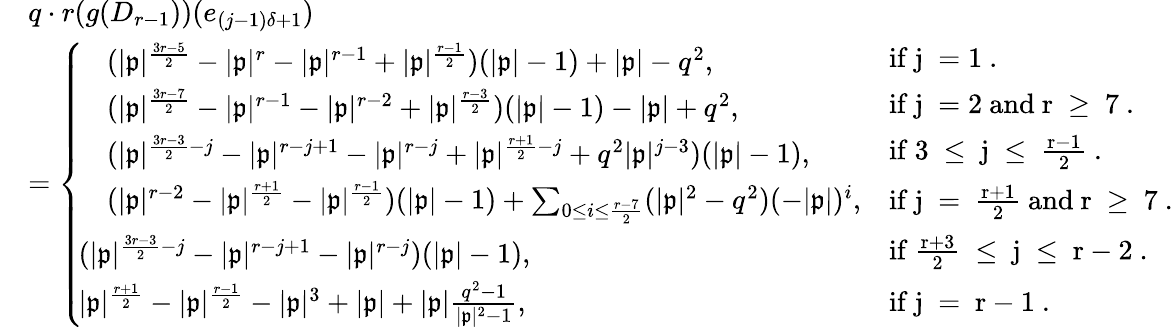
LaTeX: \begin{array}{rl}&{q\cdot r(g(D_{r-1}))(e_{(j-1)\delta+1})}\\ &{=\left\{ \begin{array}{ll}{\! \begin{array}{rl}&{(|\mathfrak{p}|^{\frac{3r-5}{2}}-|\mathfrak{p}|^{r}-|\mathfrak{p}|^{r-1}+|\mathfrak{p}|^{\frac{r-1}{2}})(|\mathfrak{p}|-1)+|\mathfrak{p}|-q^{2},}\end{array}}&{\mathrm{if~j~=1~.}}\\ {\! \begin{array}{rl}&{(|\mathfrak{p}|^{\frac{3r-7}{2}}-|\mathfrak{p}|^{r-1}-|\mathfrak{p}|^{r-2}+|\mathfrak{p}|^{\frac{r-3}{2}})(|\mathfrak{p}|-1)-|\mathfrak{p}|+q^{2},}\end{array}}&{\mathrm{if~j~=2~and~r~\geq~7~.}}\\ {\! \begin{array}{rl}&{(|\mathfrak{p}|^{\frac{3r-3}{2}-j}-|\mathfrak{p}|^{r-j+1}-|\mathfrak{p}|^{r-j}+|\mathfrak{p}|^{\frac{r+1}{2}-j}+q^{2}|\mathfrak{p}|^{j-3})(|\mathfrak{p}|-1),}\end{array}}&{\mathrm{if~3~\leq~j~\leq~\frac{r-1}{2}~.}}\\ {\! \begin{array}{rl}&{(|\mathfrak{p}|^{r-2}-|\mathfrak{p}|^{\frac{r+1}{2}}-|\mathfrak{p}|^{\frac{r-1}{2}})(|\mathfrak{p}|-1)+\sum_{0\leq i\leq\frac{r-7}{2}}(|\mathfrak{p}|^{2}-q^{2})(-|\mathfrak{p}|)^{i},}\end{array}}&{\mathrm{if~j~=~\frac{r+1}{2}~and~r~\geq~7~.}}\\ {\! \begin{array}{r}{(|\mathfrak{p}|^{\frac{3r-3}{2}-j}-|\mathfrak{p}|^{r-j+1}-|\mathfrak{p}|^{r-j})(|\mathfrak{p}|-1),}\end{array}}&{\mathrm{if~\frac{r+3}{2}~\leq~j~\leq~r-2~.}}\\ {\! \begin{array}{r}{|\mathfrak{p}|^{\frac{r+1}{2}}-|\mathfrak{p}|^{\frac{r-1}{2}}-|\mathfrak{p}|^{3}+|\mathfrak{p}|+|\mathfrak{p}|\frac{q^{2}-1}{|\mathfrak{p}|^{2}-1},}\end{array}}&{\mathrm{if~j~=~r-1~.}}\end{array}\right.}\end{array}